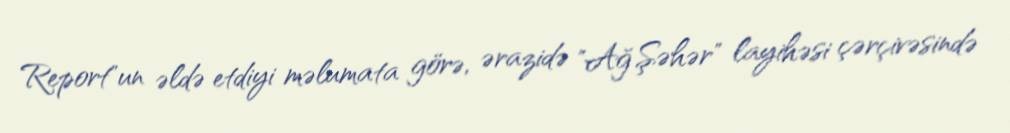
Report"un əldə etdiyi məlumata görə, ərazidə "Ağ Şəhər" layihəsi çərçivəsində